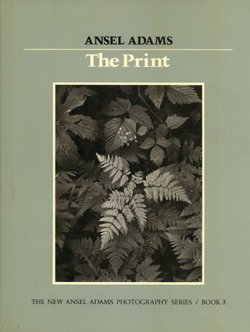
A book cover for The Print (New Ansel Adams Photography Series, Book 3); Ansel Adams; Arts & Photography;